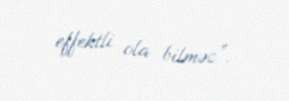
effektli ola bilməz”.